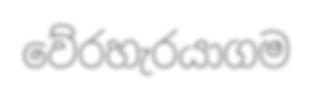
වේරහැරයාගම